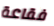
فقاعة